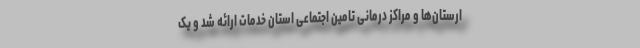
ارستان‌ها و مراکز درمانی تامین اجتماعی استان خدمات ارائه شد و یک‌